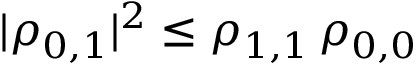
| \rho _ { 0 , 1 } | ^ { 2 } \le \rho _ { 1 , 1 } \, \rho _ { 0 , 0 }